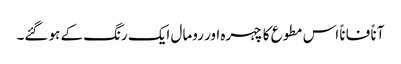
آناً فاناً اس مطوع کا چہرہ اور رومال ایک رنگ کے ہو گئے۔